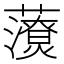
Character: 𧃉